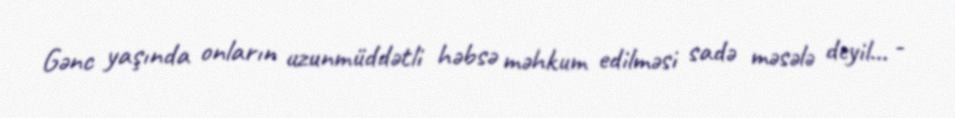
Gənc yaşında onların uzunmüddətli həbsə məhkum edilməsi sadə məsələ deyil... -